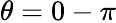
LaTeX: \theta=0-\pi